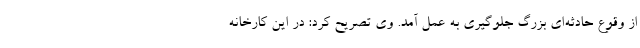
از وقوع حادثه‌ای بزرگ جلوگیری به عمل آمد. وی تصریح کرد: در این کارخانه